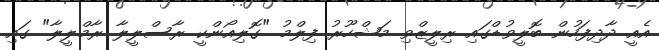
އެއީ ދާދިފަހުން ބޮލީވުޑްގައި ރިލީޒްވި މަޝްހޫރު ފިލްމު "ގޮލިއޯންކީ ރާސްލީލާ ރާމްލީލާ" ގައި